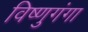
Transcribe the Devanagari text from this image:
विष्णुगंगा